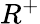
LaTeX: R^{+}